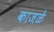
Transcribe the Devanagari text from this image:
काजळे